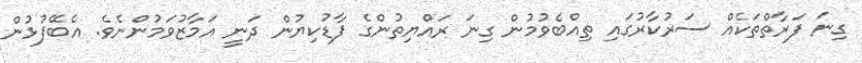
ގިނަ ފަރާތްތަކެއް ސަރުކާރުގައި ތިއްބެވުމުން ގިނަ ރައްޔިތުންގެ ފާޑުކިޔުން ދަނީ އަމާޒުވަމުންނެވެ. އެބޭފުޅުން